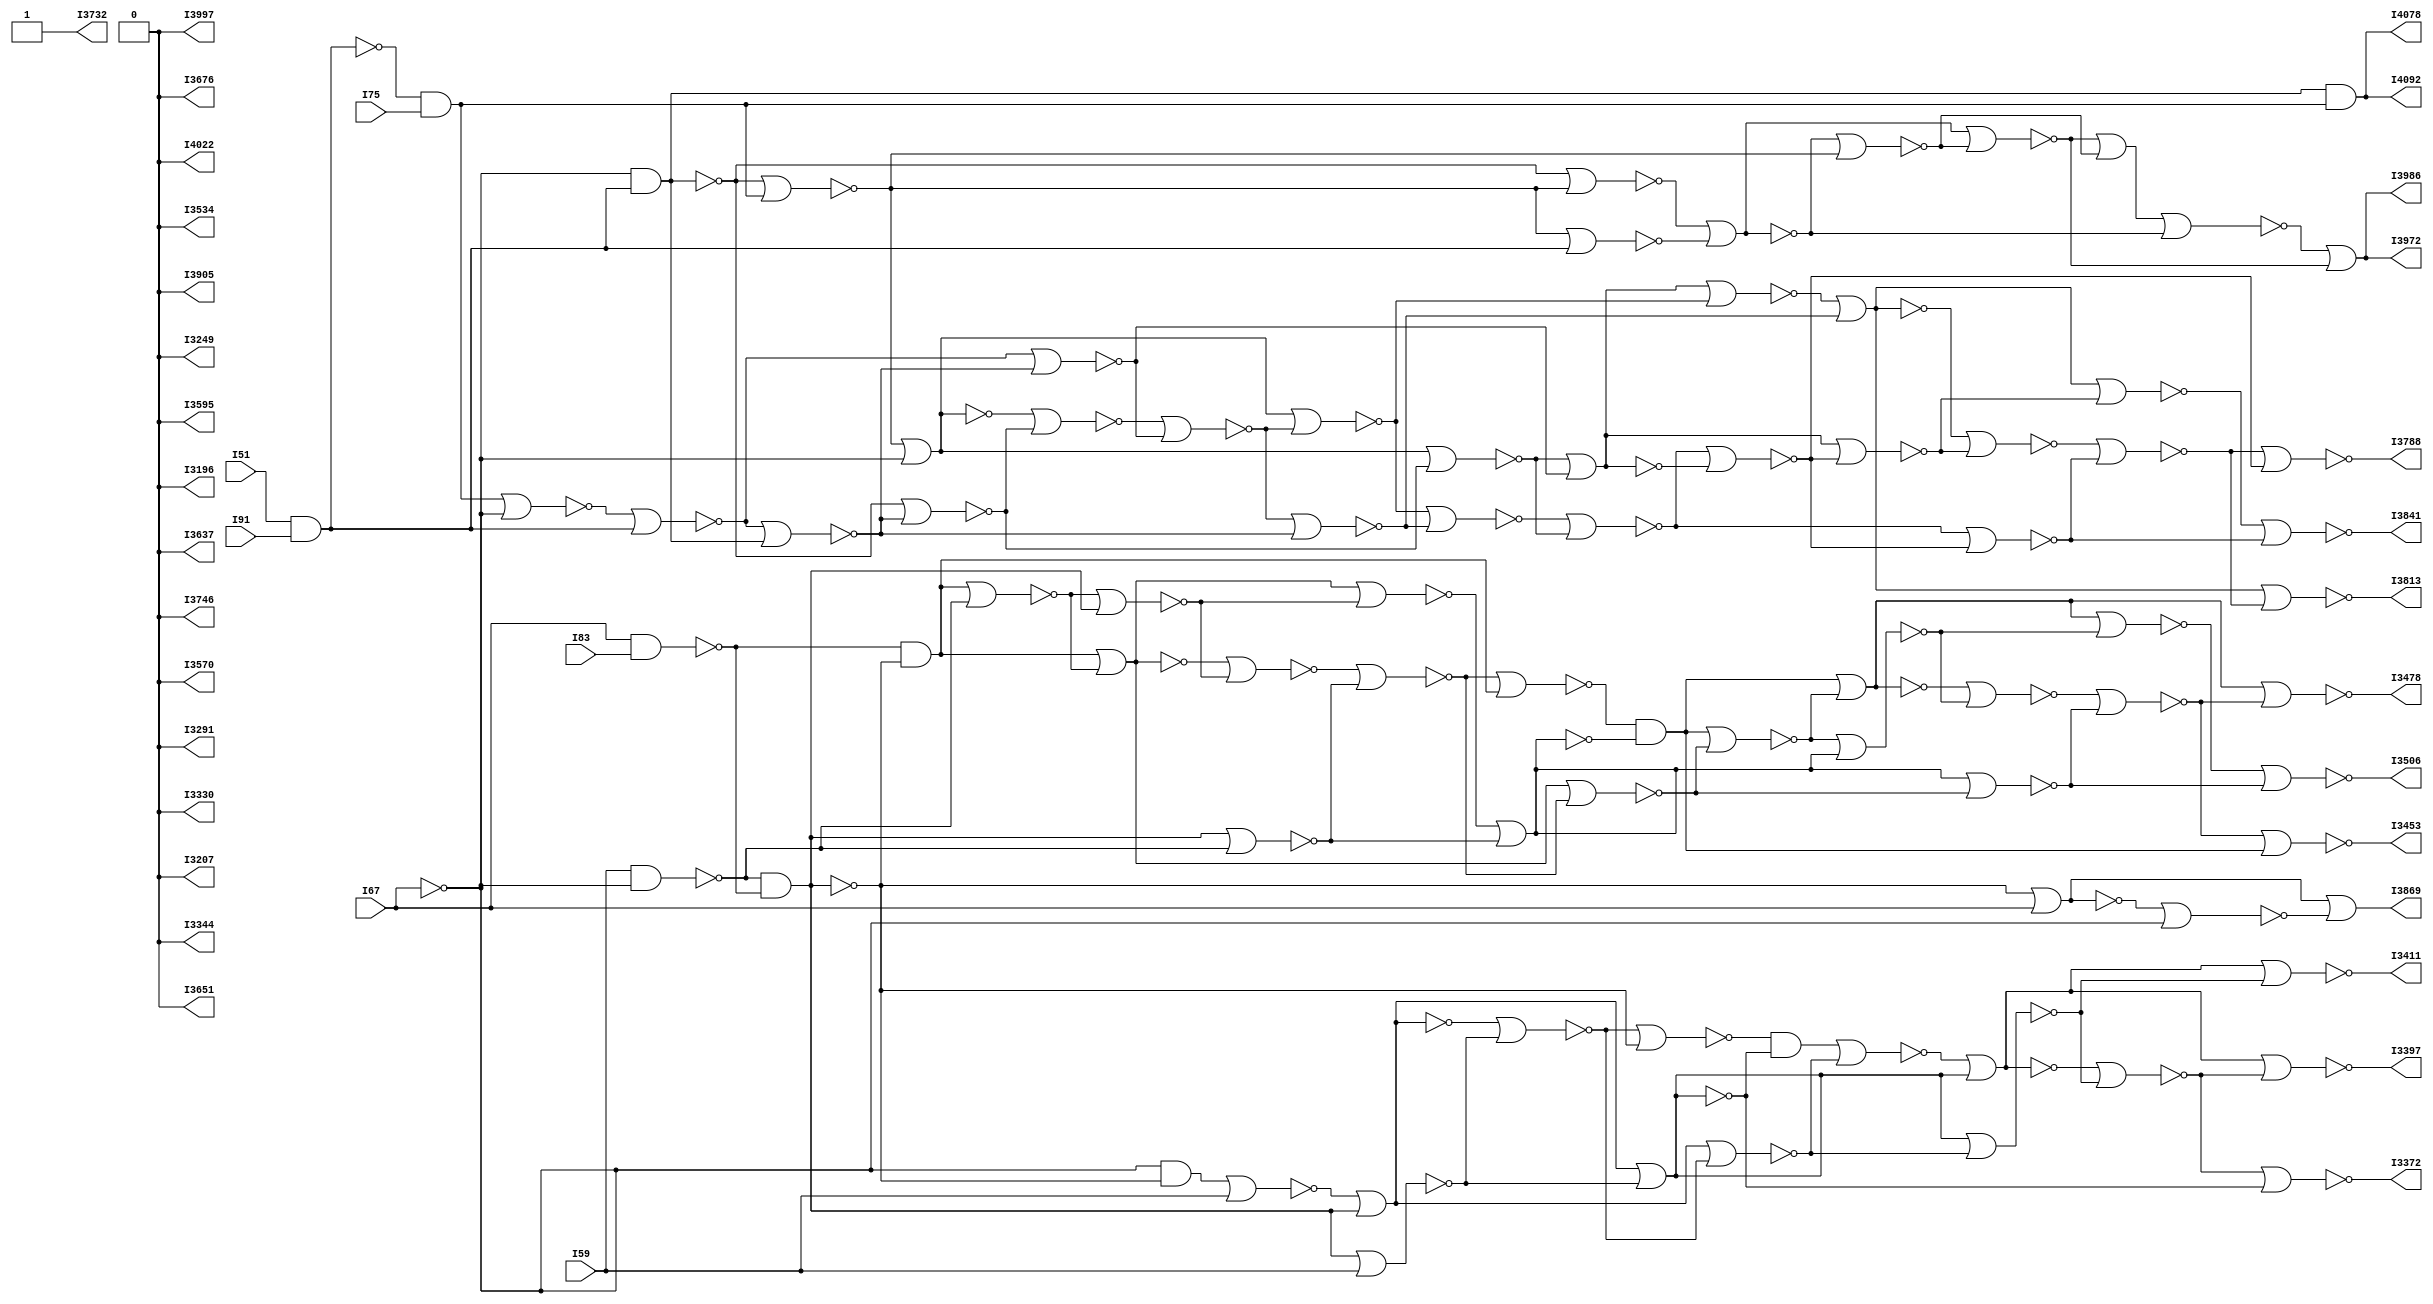
module gfg_verilog_Benchmark_testing300(I51,I59,I67,I75,I83,I91,I3196,I3207,I3249,I3291,I3330,I3344,I3372,I3397,I3411,I3453,I3478,I3506,I3534,I3570,I3595,I3637,I3651,I3676,I3732,I3746,I3788,I3813,I3841,I3869,I3905,I3972,I3986,I3997,I4022,I4078,I4092);
input I51,I59,I67,I75,I83,I91;
output I3196,I3207,I3249,I3291,I3330,I3344,I3372,I3397,I3411,I3453,I3478,I3506,I3534,I3570,I3595,I3637,I3651,I3676,I3732,I3746,I3788,I3813,I3841,I3869,I3905,I3972,I3986,I3997,I4022,I4078,I4092;
wire I51,I59,I67,I75,I83,I91,I99,I110,I124,I135,I146,I160,I174,I188,I202,I213,I224,I238,I252,I266,I280,I294,I305,I319,I333,I344,I358,I372,I386,I400,I414,I428,I442,I453,I464,I478,I492,I506,I520,I531,I545,I559,I573,I587,I601,I615,I629,I643,I657,I668,I682,I696,I710,I724,I738,I749,I763,I774,I788,I802,I816,I830,I841,I855,I866,I880,I891,I905,I919,I933,I947,I961,I975,I989,I1003,I1017,I1031,I1042,I1056,I1067,I1081,I1092,I1106,I1120,I1134,I1148,I1162,I1176,I1187,I1201,I1212,I1223,I1237,I1251,I1262,I1273,I1287,I1301,I1315,I1329,I1343,I1357,I1371,I1385,I1396,I1410,I1424,I1438,I1452,I1463,I1477,I1491,I1505,I1519,I1533,I1544,I1558,I1572,I1586,I1600,I1614,I1625,I1636,I1650,I1661,I1675,I1689,I1703,I1717,I1731,I1742,I1756,I1770,I1784,I1798,I1812,I1826,I1840,I1854,I1868,I1879,I1893,I1907,I1921,I1935,I1949,I1960,I1971,I1985,I1999,I2013,I2027,I2038,I2052,I2063,I2077,I2088,I2102,I2116,I2130,I2144,I2158,I2172,I2186,I2200,I2214,I2228,I2239,I2253,I2267,I2278,I2292,I2306,I2320,I2334,I2348,I2362,I2376,I2387,I2398,I2412,I2426,I2440,I2454,I2465,I2479,I2493,I2507,I2521,I2535,I2549,I2563,I2577,I2591,I2602,I2616,I2630,I2644,I2658,I2672,I2683,I2697,I2708,I2722,I2736,I2750,I2764,I2775,I2789,I2800,I2814,I2825,I2839,I2853,I2867,I2881,I2895,I2909,I2923,I2937,I2951,I2965,I2976,I2990,I3001,I3015,I3026,I3040,I3054,I3068,I3082,I3096,I3110,I3121,I3135,I3146,I3157,I3171,I3185,I3221,I3235,I3263,I3277,I3305,I3319,I3358,I3386,I3425,I3439,I3467,I3492,I3520,I3548,I3559,I3584,I3609,I3623,I3665,I3690,I3704,I3718,I3760,I3774,I3802,I3827,I3855,I3883,I3894,I3919,I3933,I3947,I3961,I4011,I4036,I4050,I4064;
buf I_6 (I99,I67);
nand I_7 (I110,I99,I83);
not I_8 (I124,I99);
buf I_9 (I135,I59);
nand I_10 (I146,I135,I124);
nand I_11 (I160,I146,I110);
nand I_12 (I174,I51,I91);
and I_13 (I188,I174,I75);
not I_14 (I202,I174);
not I_15 (I213,I67);
and I_16 (I224,I213,I202);
and I_17 (I238,I160,I135);
nor I_18 (I252,I238,I146);
nor I_19 (I266,I238,I252);
and I_20 (I280,I160,I135);
not I_21 (I294,I280);
nor I_22 (I305,I294,I252);
nor I_23 (I319,I280,I294);
not I_24 (I333,I224);
nor I_25 (I344,I188,I213);
nor I_26 (I358,I344,I202);
nor I_27 (I372,I358,I224);
nor I_28 (I386,I358,I372);
nor I_29 (I400,I333,I372);
nor I_30 (I414,I333,I188);
nor I_31 (I428,I414,I213);
not I_32 (I442,I160);
not I_33 (I453,I442);
nor I_34 (I464,I442,I135);
and I_35 (I478,I124,I160);
nor I_36 (I492,I478,I135);
nor I_37 (I506,I492,I442);
not I_38 (I520,I160);
nor I_39 (I531,I520,I146);
and I_40 (I545,I110,I160);
nor I_41 (I559,I545,I146);
nor I_42 (I573,I559,I520);
nor I_43 (I587,I545,I559);
and I_44 (I601,I224,I188);
nor I_45 (I615,I601,I213);
nor I_46 (I629,I601,I615);
and I_47 (I643,I224,I188);
not I_48 (I657,I643);
nor I_49 (I668,I657,I615);
nor I_50 (I682,I643,I657);
and I_51 (I696,I160,I135);
nor I_52 (I710,I696,I99);
and I_53 (I724,I160,I135);
not I_54 (I738,I724);
nor I_55 (I749,I738,I710);
not I_56 (I763,I738);
nor I_57 (I774,I724,I738);
and I_58 (I788,I160,I135);
nor I_59 (I802,I788,I99);
and I_60 (I816,I160,I135);
not I_61 (I830,I816);
nor I_62 (I841,I830,I802);
not I_63 (I855,I830);
nor I_64 (I866,I816,I830);
not I_65 (I880,I160);
nor I_66 (I891,I124,I110);
nor I_67 (I905,I891,I99);
nor I_68 (I919,I905,I160);
nor I_69 (I933,I905,I919);
nor I_70 (I947,I880,I919);
nor I_71 (I961,I880,I124);
nor I_72 (I975,I961,I110);
nor I_73 (I989,I160,I99);
nor I_74 (I1003,I989,I124);
nor I_75 (I1017,I160,I99);
not I_76 (I1031,I1017);
nor I_77 (I1042,I1031,I1003);
not I_78 (I1056,I1031);
nor I_79 (I1067,I1017,I1031);
not I_80 (I1081,I224);
nor I_81 (I1092,I1081,I188);
nor I_82 (I1106,I202,I174);
nor I_83 (I1120,I1106,I224);
nor I_84 (I1134,I1120,I188);
nor I_85 (I1148,I1134,I202);
nor I_86 (I1162,I1081,I1134);
buf I_87 (I1176,I224);
nand I_88 (I1187,I1176,I188);
not I_89 (I1201,I1176);
buf I_90 (I1212,I224);
nand I_91 (I1223,I1212,I1201);
nand I_92 (I1237,I1223,I1187);
not I_93 (I1251,I319);
not I_94 (I1262,I1251);
nor I_95 (I1273,I1251,I305);
and I_96 (I1287,I266,I319);
nor I_97 (I1301,I1287,I305);
nor I_98 (I1315,I1301,I1251);
and I_99 (I1329,I975,I947);
nor I_100 (I1343,I1329,I933);
nor I_101 (I1357,I1329,I1343);
and I_102 (I1371,I975,I947);
not I_103 (I1385,I1371);
nor I_104 (I1396,I1385,I1343);
nor I_105 (I1410,I1371,I1385);
nor I_106 (I1424,I506,I464);
nor I_107 (I1438,I1424,I453);
not I_108 (I1452,I506);
nor I_109 (I1463,I1452,I1424);
nor I_110 (I1477,I1452,I464);
nor I_111 (I1491,I587,I573);
nor I_112 (I1505,I1491,I531);
nor I_113 (I1519,I1505,I545);
not I_114 (I1533,I587);
nor I_115 (I1544,I1533,I1505);
nor I_116 (I1558,I1533,I573);
nor I_117 (I1572,I1558,I531);
nand I_118 (I1586,I682,I668);
and I_119 (I1600,I1586,I629);
not I_120 (I1614,I1586);
not I_121 (I1625,I682);
and I_122 (I1636,I1625,I1614);
not I_123 (I1650,I866);
nor I_124 (I1661,I1650,I855);
and I_125 (I1675,I841,I866);
nor I_126 (I1689,I1675,I855);
nor I_127 (I1703,I1689,I1650);
nor I_128 (I1717,I1675,I1689);
not I_129 (I1731,I774);
nor I_130 (I1742,I1731,I763);
nor I_131 (I1756,I749,I710);
nor I_132 (I1770,I1756,I774);
nor I_133 (I1784,I1770,I763);
nor I_134 (I1798,I1784,I749);
nor I_135 (I1812,I1731,I1784);
nor I_136 (I1826,I428,I400);
nor I_137 (I1840,I1826,I386);
nor I_138 (I1854,I1840,I372);
not I_139 (I1868,I428);
nor I_140 (I1879,I1868,I1840);
nor I_141 (I1893,I1868,I400);
nor I_142 (I1907,I1893,I386);
nand I_143 (I1921,I1067,I1056);
and I_144 (I1935,I1921,I1042);
not I_145 (I1949,I1921);
not I_146 (I1960,I1067);
and I_147 (I1971,I1960,I1949);
nor I_148 (I1985,I1162,I1148);
nor I_149 (I1999,I1985,I1092);
nor I_150 (I2013,I1162,I1148);
not I_151 (I2027,I2013);
nor I_152 (I2038,I2027,I1999);
not I_153 (I2052,I2027);
nor I_154 (I2063,I2013,I2027);
not I_155 (I2077,I1237);
nor I_156 (I2088,I2077,I1187);
nor I_157 (I2102,I1176,I1212);
nor I_158 (I2116,I2102,I1237);
nor I_159 (I2130,I2116,I1187);
nor I_160 (I2144,I2077,I2130);
nor I_161 (I2158,I2102,I1176);
and I_162 (I2172,I1315,I1273);
nor I_163 (I2186,I2172,I1262);
nor I_164 (I2200,I2172,I2186);
and I_165 (I2214,I1315,I1273);
not I_166 (I2228,I2214);
nor I_167 (I2239,I2228,I2186);
nor I_168 (I2253,I2214,I2228);
not I_169 (I2267,I1410);
nor I_170 (I2278,I1396,I1357);
nor I_171 (I2292,I2278,I1343);
nor I_172 (I2306,I2292,I1410);
nor I_173 (I2320,I2292,I2306);
nor I_174 (I2334,I2267,I2306);
nor I_175 (I2348,I2267,I1396);
nor I_176 (I2362,I2348,I1357);
not I_177 (I2376,I1477);
not I_178 (I2387,I2376);
nor I_179 (I2398,I2376,I1463);
and I_180 (I2412,I1438,I1477);
nor I_181 (I2426,I2412,I1463);
nor I_182 (I2440,I2426,I2376);
not I_183 (I2454,I1572);
nor I_184 (I2465,I2454,I1544);
and I_185 (I2479,I1519,I1572);
nor I_186 (I2493,I2479,I1544);
nor I_187 (I2507,I2493,I2454);
nor I_188 (I2521,I2479,I2493);
and I_189 (I2535,I1636,I1600);
nor I_190 (I2549,I2535,I1625);
nor I_191 (I2563,I2535,I2549);
and I_192 (I2577,I1636,I1600);
not I_193 (I2591,I2577);
nor I_194 (I2602,I2591,I2549);
nor I_195 (I2616,I2577,I2591);
and I_196 (I2630,I1717,I1703);
nor I_197 (I2644,I2630,I1661);
and I_198 (I2658,I1717,I1703);
not I_199 (I2672,I2658);
nor I_200 (I2683,I2672,I2644);
not I_201 (I2697,I2672);
nor I_202 (I2708,I2658,I2672);
and I_203 (I2722,I1812,I1798);
nor I_204 (I2736,I2722,I1742);
and I_205 (I2750,I1812,I1798);
not I_206 (I2764,I2750);
nor I_207 (I2775,I2764,I2736);
not I_208 (I2789,I2764);
nor I_209 (I2800,I2750,I2764);
not I_210 (I2814,I1907);
nor I_211 (I2825,I1879,I1854);
nor I_212 (I2839,I2825,I1893);
nor I_213 (I2853,I2839,I1907);
nor I_214 (I2867,I2839,I2853);
nor I_215 (I2881,I2814,I2853);
nor I_216 (I2895,I2814,I1879);
nor I_217 (I2909,I2895,I1854);
nor I_218 (I2923,I1971,I1935);
nor I_219 (I2937,I2923,I1921);
nor I_220 (I2951,I1971,I1935);
not I_221 (I2965,I2951);
nor I_222 (I2976,I2965,I2937);
not I_223 (I2990,I2965);
nor I_224 (I3001,I2951,I2965);
not I_225 (I3015,I2063);
nor I_226 (I3026,I3015,I2052);
nor I_227 (I3040,I2038,I1999);
nor I_228 (I3054,I3040,I2063);
nor I_229 (I3068,I3054,I2052);
nor I_230 (I3082,I3068,I2038);
nor I_231 (I3096,I3015,I3068);
buf I_232 (I3110,I2158);
nand I_233 (I3121,I3110,I2144);
not I_234 (I3135,I3110);
buf I_235 (I3146,I2088);
nand I_236 (I3157,I3146,I3135);
nand I_237 (I3171,I3157,I3121);
not I_238 (I3185,I2616);
not I_239 (I3196,I3185);
nor I_240 (I3207,I3185,I2602);
and I_241 (I3221,I2563,I2616);
nor I_242 (I3235,I3221,I2602);
nor I_243 (I3249,I3235,I3185);
and I_244 (I3263,I2362,I2334);
nor I_245 (I3277,I3263,I2320);
nor I_246 (I3291,I3263,I3277);
and I_247 (I3305,I2362,I2334);
not I_248 (I3319,I3305);
nor I_249 (I3330,I3319,I3277);
nor I_250 (I3344,I3305,I3319);
nor I_251 (I3358,I2440,I2398);
nor I_252 (I3372,I3358,I2387);
not I_253 (I3386,I2440);
nor I_254 (I3397,I3386,I3358);
nor I_255 (I3411,I3386,I2398);
nor I_256 (I3425,I2521,I2507);
nor I_257 (I3439,I3425,I2465);
nor I_258 (I3453,I3439,I2479);
not I_259 (I3467,I2521);
nor I_260 (I3478,I3467,I3439);
nor I_261 (I3492,I3467,I2507);
nor I_262 (I3506,I3492,I2465);
nand I_263 (I3520,I2253,I2239);
and I_264 (I3534,I3520,I2200);
not I_265 (I3548,I3520);
not I_266 (I3559,I2253);
and I_267 (I3570,I3559,I3548);
not I_268 (I3584,I2708);
nor I_269 (I3595,I3584,I2697);
and I_270 (I3609,I2683,I2708);
nor I_271 (I3623,I3609,I2697);
nor I_272 (I3637,I3623,I3584);
nor I_273 (I3651,I3609,I3623);
not I_274 (I3665,I2800);
nor I_275 (I3676,I3665,I2789);
nor I_276 (I3690,I2775,I2736);
nor I_277 (I3704,I3690,I2800);
nor I_278 (I3718,I3704,I2789);
nor I_279 (I3732,I3718,I2775);
nor I_280 (I3746,I3665,I3718);
nor I_281 (I3760,I2909,I2881);
nor I_282 (I3774,I3760,I2867);
nor I_283 (I3788,I3774,I2853);
not I_284 (I3802,I2909);
nor I_285 (I3813,I3802,I3774);
nor I_286 (I3827,I3802,I2881);
nor I_287 (I3841,I3827,I2867);
nand I_288 (I3855,I3001,I2990);
and I_289 (I3869,I3855,I2976);
not I_290 (I3883,I3855);
not I_291 (I3894,I3001);
and I_292 (I3905,I3894,I3883);
nor I_293 (I3919,I3096,I3082);
nor I_294 (I3933,I3919,I3026);
nor I_295 (I3947,I3096,I3082);
not I_296 (I3961,I3947);
nor I_297 (I3972,I3961,I3933);
not I_298 (I3986,I3961);
nor I_299 (I3997,I3947,I3961);
not I_300 (I4011,I3171);
nor I_301 (I4022,I4011,I3121);
nor I_302 (I4036,I3110,I3146);
nor I_303 (I4050,I4036,I3171);
nor I_304 (I4064,I4050,I3121);
nor I_305 (I4078,I4011,I4064);
nor I_306 (I4092,I4036,I3110);
endmodule